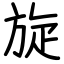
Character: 旋